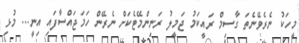
މީހަކު ނެރެވޭނެތަ ގާސިމް ރައީކަމު ޖަމީލު ރަނިންމޭޓެކަށް ނެރޭން ހަމަޖައްސާފައި އިނީ... މުޅި